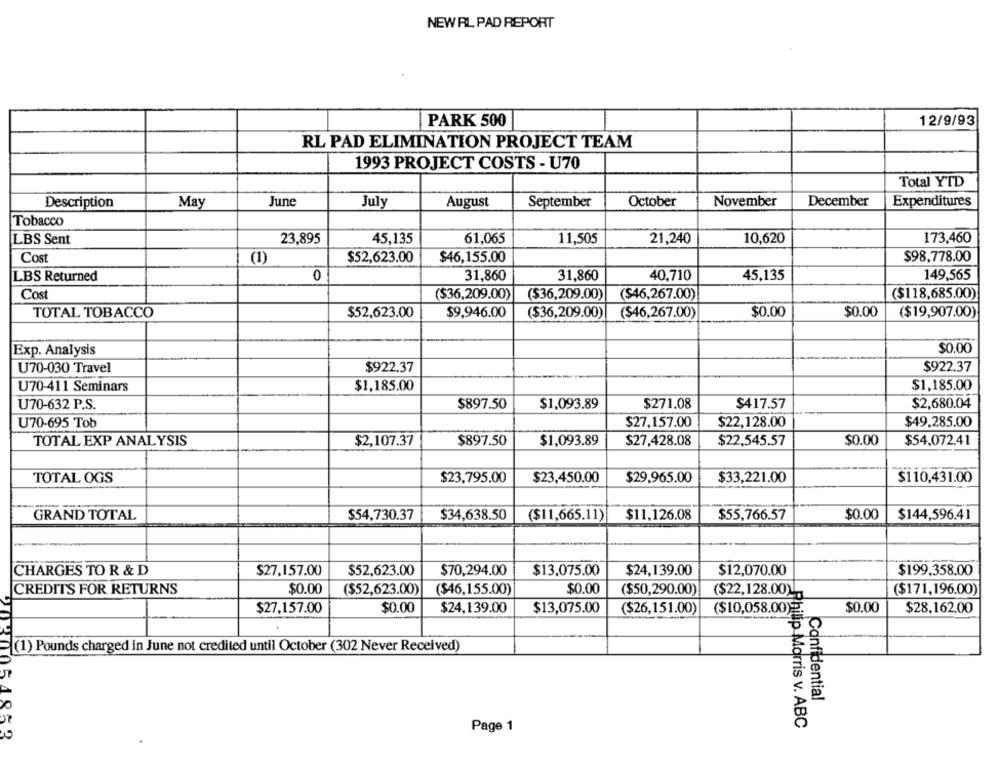
NEW RL PAD REPORT
PARK 500
12/9/93
RL PAD ELIMINATION PROJECT TEAM
1993 PROJECT COSTS - U70
Total YTD
Description
May
June
July
August
September
October
November
December
Expenditures
Tobacco
45,135
61,065
11,505
21,240
10,620
173,460
LBS Sent
23,895
Cost
(1)
$52,623.00
$46,155.00
$98,778.00
0
31,860
31,860
40,710
45,135
149,565
LBS Returned
Cost
($36,209.00)
($36,209.00)
($46,267.00)
($118,685.00)
TOTAL TOBACCO
$52,623.00
$9,946.00
($36,209.00)
($46,267.00)
$0.00
$0.00
($19,907.00)
Exp. Analysis
$0.00
U70-030 Travel
$922.37
$922.37
U70-411 Seminars
$1,185.00
$1,185.00
U70-632 P.S.
$897.50
$1,093.89
$271.08
$417.57
$2,680.04
U70-695 Tob
$27,157.00
$22,128.00
$49,285.00
TOTAL EXP ANALYSIS
$2,107.37
$897.50
$1,093.89
$27,428.08
$22,545.57
$0.00
$54,072.41
TOTAL OGS
$23,795.00
$23,450.00
$29,965.00
$33,221.00
$110,431.00
$54,730.37
$0.00
GRAND TOTAL
$34,638.50
($11,665.11)
$11,126.08
$55,766.57
$144,596.41
CHARGES TO R & D
$27,157.00
$52,623.00
$70,294.00
$13.075.00
$24,139.00
$12,070.00
$199,358.00
CREDITS FOR RETURNS
$0.00
($52,623.00)
($46,155.00)
$0.00
($50,290.00)
($22,128.00).
($171,196.00)
($10,058.00}
$27,157.00
$0.00
$24,139.00
$13,075.00
($26,151.00)
$0.00
$28,162.00
(1) Pounds charged in June not credited until October (302 Never Received)
Confidential
Page 1
Philip Morris v. ABC